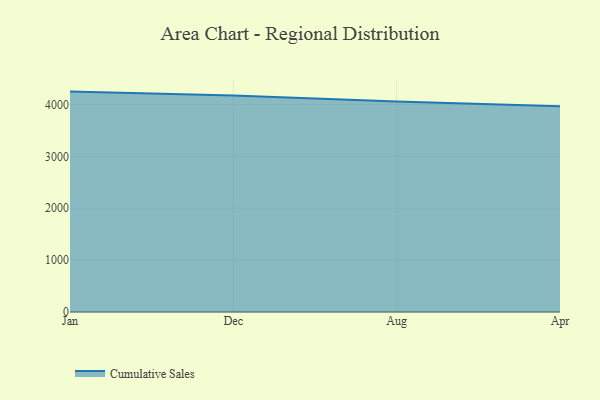
{"axis": {"x": "Month", "y": "Headcount"}, "legend": ["Cumulative Sales"], "data": [{"x": "Jan", "y": 4247.5, "type": "Cumulative Sales"}, {"x": "Dec", "y": 4172.0, "type": "Cumulative Sales"}, {"x": "Aug", "y": 4057.6, "type": "Cumulative Sales"}, {"x": "Apr", "y": 3965.9, "type": "Cumulative Sales"}]}